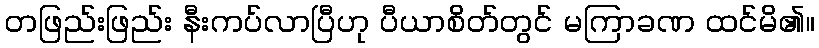
တဖြည်းဖြည်း နီးကပ်လာပြီဟု ပီယာစိတ်တွင် မကြာခဏ ထင်မိ၏။